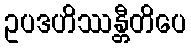
ဥပဒဟိဿန္တီတိပေ